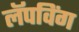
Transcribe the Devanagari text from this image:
लॅपविंग